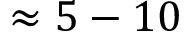
\approx 5 - 1 0